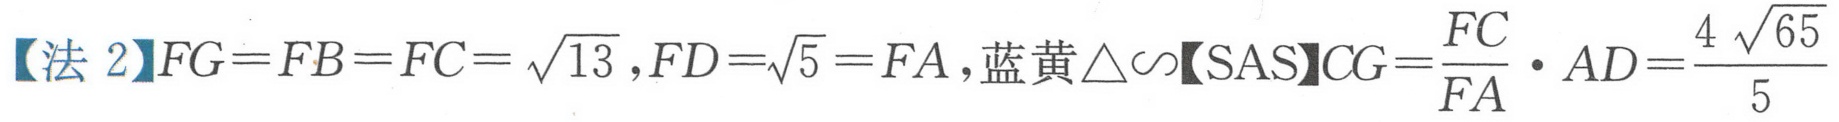
【法 2】\(FG = FB = FC=\sqrt{13}\)，\(FD=\sqrt{5}=FA\)，蓝黄\(\triangle\sim\)【SAS】\(CG=\dfrac{FC}{FA}\cdot AD=\dfrac{4\sqrt{65}}{5}\)